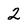
Character: 2